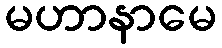
မဟာနာမေ